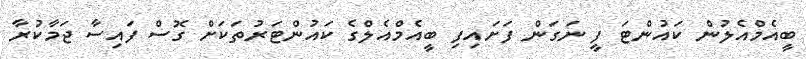
ބީއެމްއެލުން ކައުންޓަ ފީ ނަގަން ފަށައިފި ބީއެމްއެލްގެ ކައުންޓަރުތަކަށް ގޮސް ފައިސާ ޖަމާކުރާ